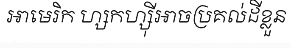
អាមេរិក ហ្សកហ្ស៊ីអាចប្រគល់ដីខ្លួន